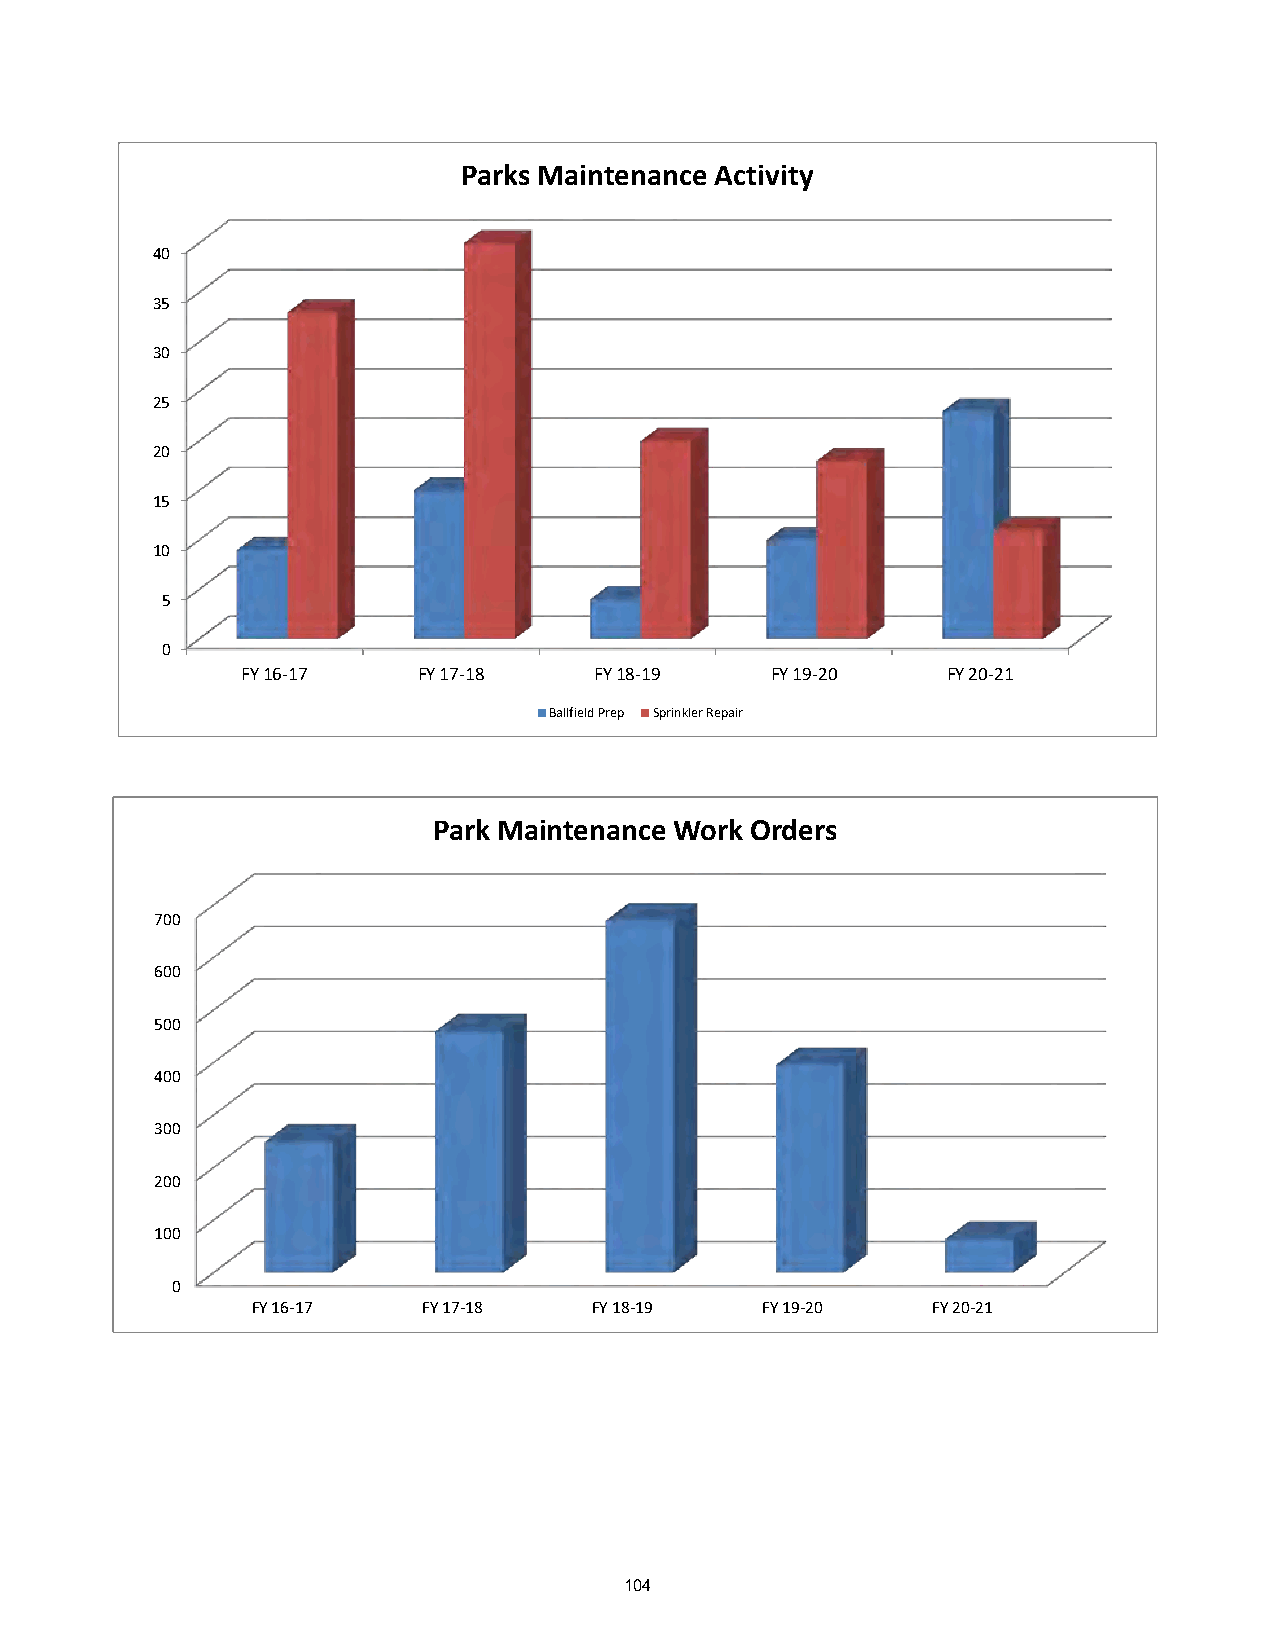
Parks Maintenance Activity
 40
 Ballfield Prep
 Sprinkler Repair
 35
 30
 25
 20
 15
 10
 5
 0
 FY 16-17    FY 17-18   FY 18-19    FY 19-20    FY 20-21
 Ballfield Prep Sprinkler Repair
 Park Maintenance Work Orders                           Park maint work orders
 700
 600
 500
 400
 300
 200
 100
 0
 FY 16-17   FY 17-18   FY 18-19   FY 19-20    FY 20-21
 104